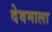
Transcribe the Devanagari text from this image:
देवमाला